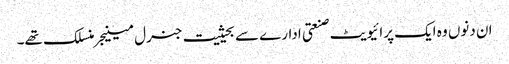
ان دنوں وہ ایک پرائیویٹ صنعتی ادارے سے بحیثیت جنرل مینیجر منسلک تھے۔